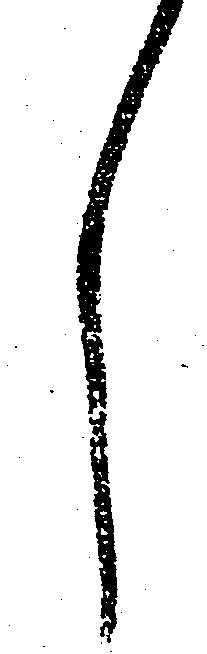
し